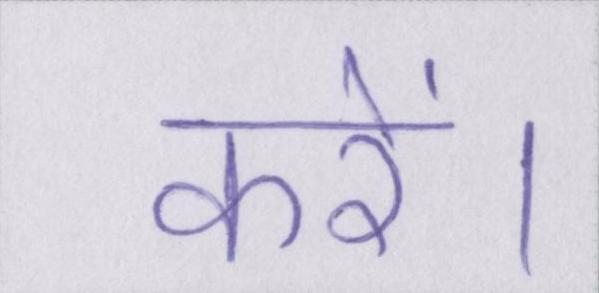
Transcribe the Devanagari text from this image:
करें।